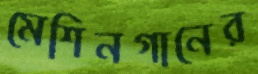
মেশিনগানের